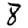
Digit: 8